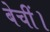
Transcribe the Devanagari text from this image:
बेचीं।